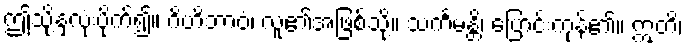
ဤသို့နှလုံးပိုက်၍။ ဂိဟိဘာဝံ၊ လူ၏အဖြစ်သို့။ သင်္ကမန္တိ၊ ပြောင်းကုန်၏။ ဣတိ၊